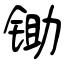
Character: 锄